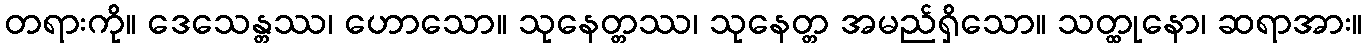
တရားကို။ ဒေသေန္တဿ၊ ဟောသော။ သုနေတ္တဿ၊ သုနေတ္တ အမည်ရှိသော။ သတ္ထုနော၊ ဆရာအား။